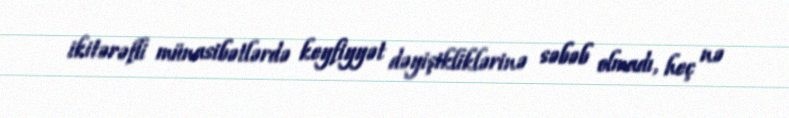
ikitərəfli münasibətlərdə keyfiyyət dəyişikliklərinə səbəb olmadı, heç nə